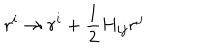
LaTeX: r ^ { i } \rightarrow r ^ { i } + { \frac { 1 } { 2 } } H _ { i j } r ^ { j }